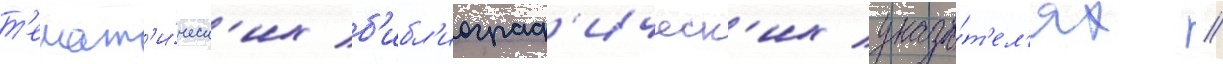
т'емат'и́ческ'их б'ибл'иограф'ическ'их указа́т'ел'ях //